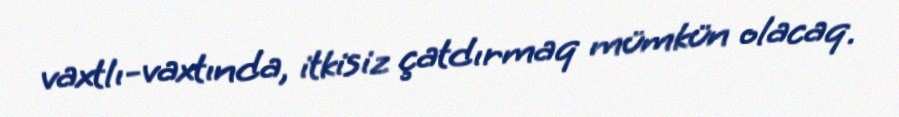
vaxtlı-vaxtında, itkisiz çatdırmaq mümkün olacaq.